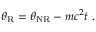
\theta _ { \mathrm { R } } = \theta _ { \mathrm { N R } } - m c ^ { 2 } t \ .